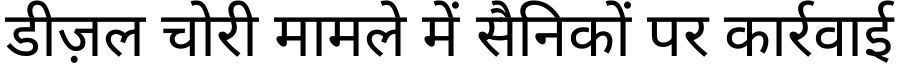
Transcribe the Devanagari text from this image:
डीज़ल चोरी मामले में सैनिकों पर कार्रवाई